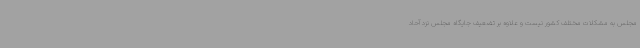
مجلس به مشکلات مختلف کشور نیست و علاوه بر تضعیف جایگاه مجلس نزد آحاد